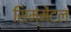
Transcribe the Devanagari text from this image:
सिम्मेंटल